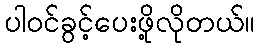
ပါဝင်ခွင့်ပေးဖို့လိုတယ်။